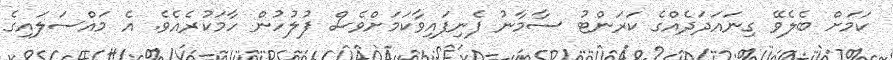
ކަމަށް ބެލެވޭ ގިނައަދަދެއްގެ ކަރަންޓު ސާމާނު ފެނިފައިވާކަމަށްވެސް ފުލުހުން ހާމަކުރެއެވެ. އެ މައްސަލައިގެ